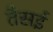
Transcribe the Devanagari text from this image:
तैसई